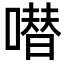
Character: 𠾱